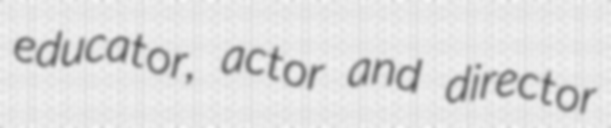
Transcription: educator, actor and director